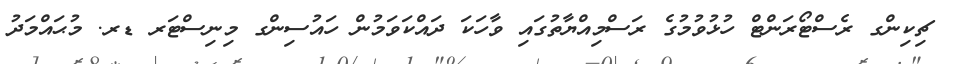
ޗިކިންގ ރެސްޓޯރަންޓް ހުޅުވުމުގެ ރަސްމިއްޔާތުގައި ވާހަކަ ދައްކަވަމުން ހައުސިންގ މިނިސްޓަރ ޑރ. މުޙައްމަދު